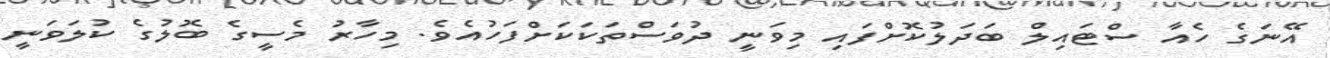
އޭނަގެ ހެއާ ސްޓައިލް ބަދަލުކޮށްފައި މިވަނީ ދުވަސްތަކަކަށްފަހުއެވެ. މިހާރު މެސީގެ ބޮލުގެ ކުލަވަނީ